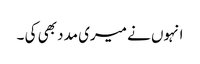
انہوں نے میری مدد بھی کی ۔